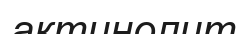
актинолит